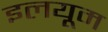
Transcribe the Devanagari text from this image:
इलयूम